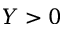
Y > 0